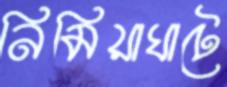
নিমিয়াঘাটে